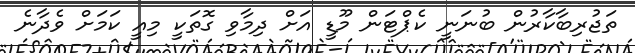
ތަޖުރިބާކާރުން ބުނަނީ ކެޕްޓަން މޫޑީ އަށް ދިމާވި ގޮތަކީ މިއީ ކަމަށް ވެދާނެ